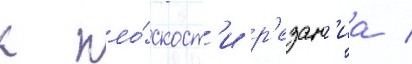
к пло́скост'и р'езан'иа /